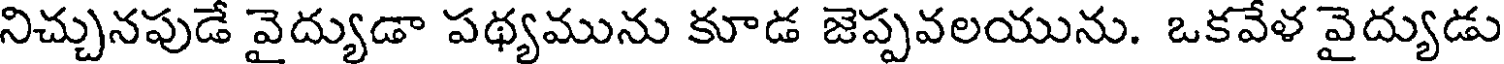
నిచ్చునపుడే వైద్యుడా పథ్యమును కూడ జెప్పవలయును. ఒకవేళ వైద్యుడు